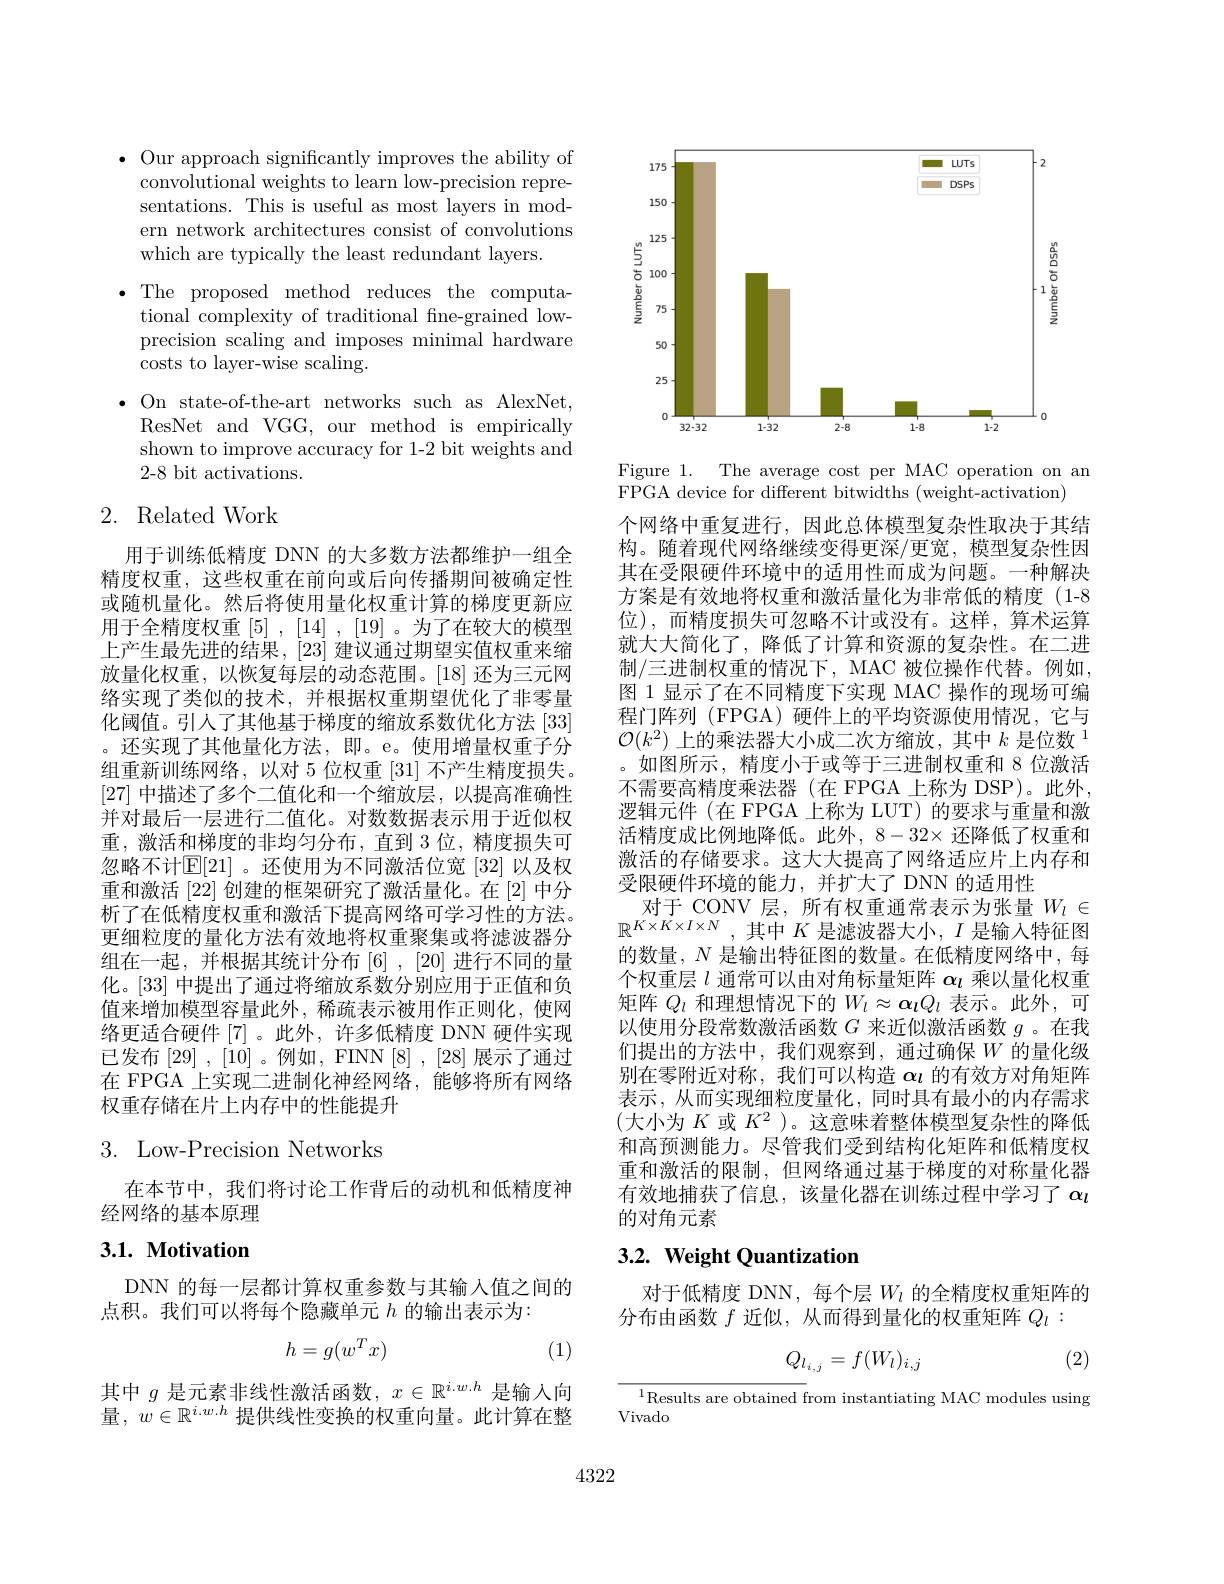
$\bullet$ Our approach significantly improves the ability of convolutional weights to learn low-precision representations. This is useful as most layers in modern network architectures consist of convolutions which are typically the least redundant layers.
$\bullet$The proposed method reduces the computa-
tional complexity of traditional fne-grained lowprecision scaling and imposes minimal hardware costs to layer-wise scaling.
$\bullet$ On state-of-the-art networks such as AlexNet,
ResNet and VGG, our method is empirically shown to improve accuracy for 1-2 bit weights and 2-8 bit activations.

# 2. Related Work

用于训练低精度 DNN 的大多数方法都维护一组全精度权重，这些权重在前向或后向传播期间被确定性或随机量化。然后将使用量化权重计算的梯度更新应用于全精度权重[5],[14],[19]。为了在较大的模型上产生最先进的结果，[23]建议通过期望实值权重来缩放量化权重，以恢复每层的动态范围。[18] 还为三元网络实现了类似的技术，并根据权重期望优化了非零量化阈值。引人了其他基于梯度的缩放系数优化方法[33] 。还实现了其他量化方法，即。e。使用增量权重子分组重新训练网络，以对 5 位权重[31]不产生精度损失。[27]中描述了多个二值化和一个缩放层，以提高准确性并对最后一层进行二值化。对数数据表示用于近似权重，激活和梯度的非均匀分布，直到 3 位，精度损失可忽略不计$\mathbb{E}[21]$ 。还使用为不同激活位宽 [32] 以及权重和激活[22]创建的框架研究了激活量化。在 [2] 中分析了在低精度权重和激活下提高网络可学习性的方法。更细粒度的量化方法有效地将权重聚集或将滤波器分组在一起，并根据其统计分布$\left[6\right],\left[20\right]$进行不同的量化。[33] 中提出了通过将缩放系数分别应用于正值和负值来增加模型容量此外，稀疏表示被用作正则化，使网络更适合硬件[7]。此外，许多低精度 DNN 硬件实现已发布 [29] , [10] 。例如，FINN [8] , [28] 展示了通过在 FPGA 上实现二进制化神经网络，能够将所有网络权重存储在片上内存中的性能提升

# 3. Low-Precision Networks

在本节中，我们将讨论工作背后的动机和低精度神
经网络的基本原理

## $3. 1. \textbf{ Motivation}$

DNN 的每一层都计算权重参数与其输入值之间的
点积。我们可以将每个隐藏单元$h$的输出表示为：
$$h=g(w^Tx)$$
(1)

其中$g$是元素非线性激活函数，$x\in\mathbb{R}^i.w.h$是输入向量$,w\in\mathbb{R}^{i.w.h}$提供线性变换的权重向量。此计算在整

<FigureHere>

Figure 1. The average cost per MAC operation on an
FPGA device for different bitwidths (weight-activation)

个网络中重复进行，因此总体模型复杂性取决于其结构。随着现代网络继续变得更深/更宽，模型复杂性因其在受限硬件环境中的适用性而成为问题。一种解决方案是有效地将权重和激活量化为非常低的精度(1-8位),而精度损失可忽略不计或没有。这样，算术运算就大大简化了，降低了计算和资源的复杂性。在二进制/三进制权重的情况下，MAC 被位操作代替。例如， 图 1 显示了在不同精度下实现 MAC 操作的现场可编程门阵列 (FPGA)硬件上的平均资源使用情况，它与$\mathcal{O}(k^2)$上的乘法器大小成二次方缩放，其中$k\text{ 是位数 }^1$ 。如图所示，精度小于或等于三进制权重和 8 位激活不需要高精度乘法器(在 FPGA 上称为 DSP)。此外， 逻辑元件 (在 FPGA 上称为 LUT) 的要求与重量和激活精度成比例地降低。此外，$8-32\times$还降低了权重和激活的存储要求。这大大提高了网络适应片上内存和受限硬件环境的能力，并扩大了 DNN 的适用性
对于 CONV 层，所有权重通常表示为张量$W_l\in$ $\mathbb{R}^{K\times K\times I\times N}$,其中$K$是滤波器大小$,I$ 是输入特征图的数量，$N$是输出特征图的数量。在低精度网络中，每个权重层$l$通常可以由对角标量矩阵$\alpha_l$乘以量化权重矩阵$Q_l$和理想情况下的$W_l\approx\alpha_lQ_l$表示。此外，可以使用分段常数激活函数$G$来近似激活函数$g$ 。在我们提出的方法中，我们观察到，通过确保$W$ 的量化级别在零附近对称，我们可以构造$\alpha\iota$的有效方对角矩阵表示，从而实现细粒度量化，同时具有最小的内存需求(大小为$K$或$K^2$ )。这意味着整体模型复杂性的降低和高预测能力。尽管我们受到结构化矩阵和低精度权重和激活的限制，但网络通过基于梯度的对称量化器有效地捕获了信息，该量化器在训练过程中学习了$\alpha_l$ 的对角元素

## $3. 2. \textbf{Weight Quantization}$

对于低精度 DNN,每个层$W_l$的全精度权重矩阵的
分布由函数$f$近似，从而得到量化的权重矩阵$Q_l:$
$$Q_{l_{i,j}}=f(W_l)_{i,j}$$
(2)

$^{1}$Results are obtained from instantiating MAC modules using
Vivado

4322